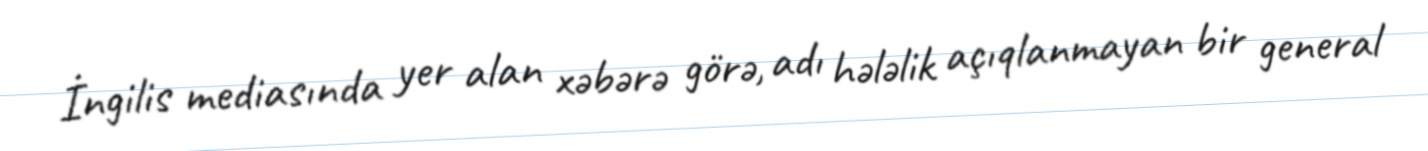
İngilis mediasında yer alan xəbərə görə, adı hələlik açıqlanmayan bir general